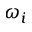
\omega _ { i }